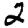
Digit: 2